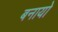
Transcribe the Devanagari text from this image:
बनायो